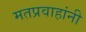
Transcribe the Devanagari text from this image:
मतप्रवाहांनी